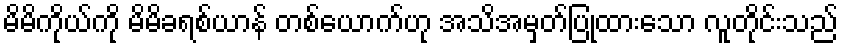
မိမိကိုယ်ကို မိမိခရစ်ယာန် တစ်ယောက်ဟု အသိအမှတ်ပြုထားသော လူတိုင်းသည်